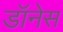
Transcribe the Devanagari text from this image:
डॉनेस